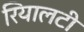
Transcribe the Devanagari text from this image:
रियालटी